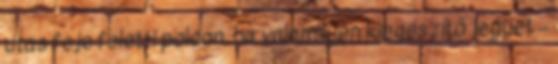
utas feje feletti polcon, ha valamilyen kiegészítő jegyet –